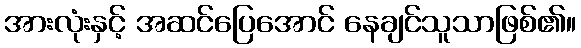
အားလုံးနှင့် အဆင်ပြေအောင် နေချင်သူသာဖြစ်၏။